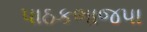
પાઠકભાજપા